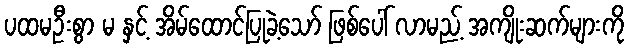
ပထမဦးစွာ မ နှင့် အိမ်ထောင်ပြုခဲ့သော် ဖြစ်ပေါ် လာမည့် အကျိုးဆက်များကို